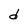
Character: d